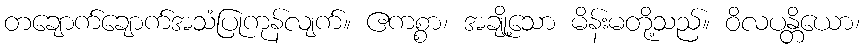
တချောက်ချောက်အသံပြုကုန်လျက်။ ဧကစ္စာ၊ အချို့သော မိန်းမတို့သည်။ ဝိလပန္တိယော၊